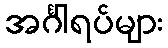
အင်္ဂါရပ်များ